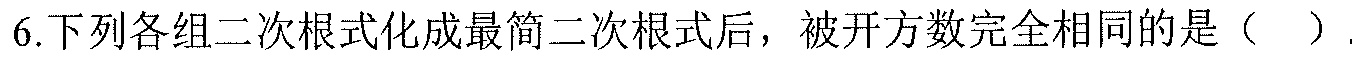
6.下列各组二次根式化成最简二次根式后，被开方数完全相同的是（  ）.